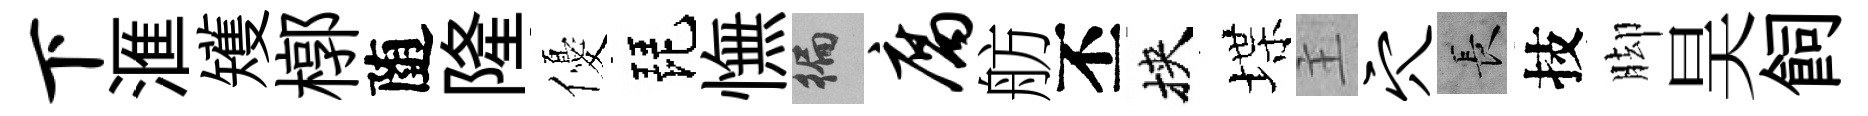
下滙矱槨随隆優琵憮徧腐舫丕挾堞主穴长技脚昊飼